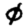
Digit: 0